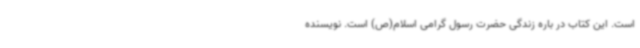
است. این کتاب در باره زندگی حضرت رسول گرامی اسلام(ص) است. نویسنده